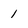
Character: 1